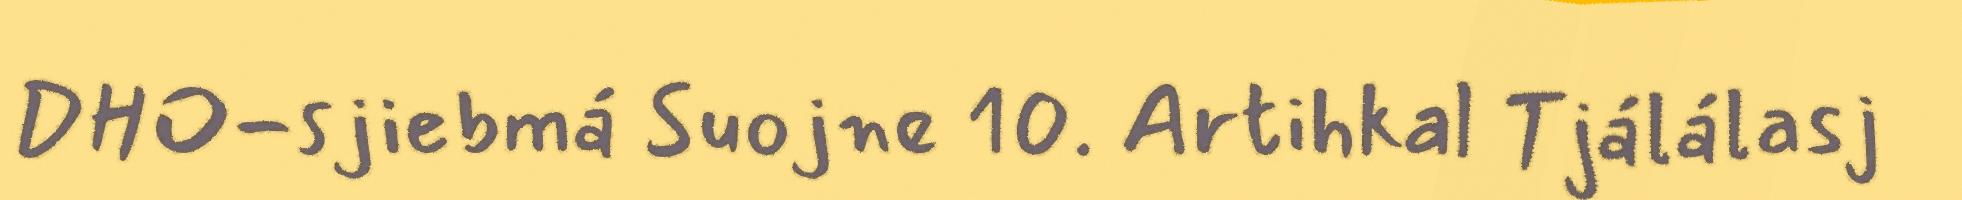
DHO-sjiebmá Suojne 10. Artihkal Tjálálasj